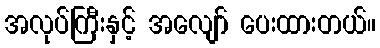
အလုပ်ကြီးနှင့် အလျော် ပေးထားတယ်။